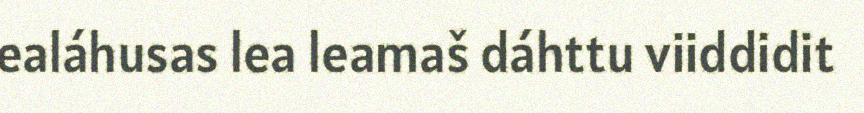
ealáhusas lea leamaš dáhttu viiddidit